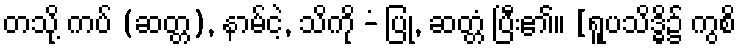
တသို့ ကပ် (ဆတ္တ), နာမ်ငဲ့, သိကို -ံ ပြု, ဆတ္တံ ပြီး၏။ [ရူပသိဒ္ဓိ၌ ကွစိ